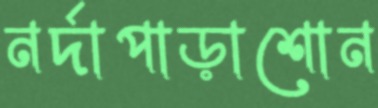
নর্দাপাড়াশোন